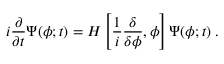
i \frac { \partial } { \partial t } \Psi ( \phi ; t ) = H \left[ \frac { 1 } { i } \frac { \delta } { \delta \phi } , \phi \right] \Psi ( \phi ; t ) \; .